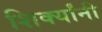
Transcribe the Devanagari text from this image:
शिर्क्यांनी